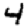
Digit: 4